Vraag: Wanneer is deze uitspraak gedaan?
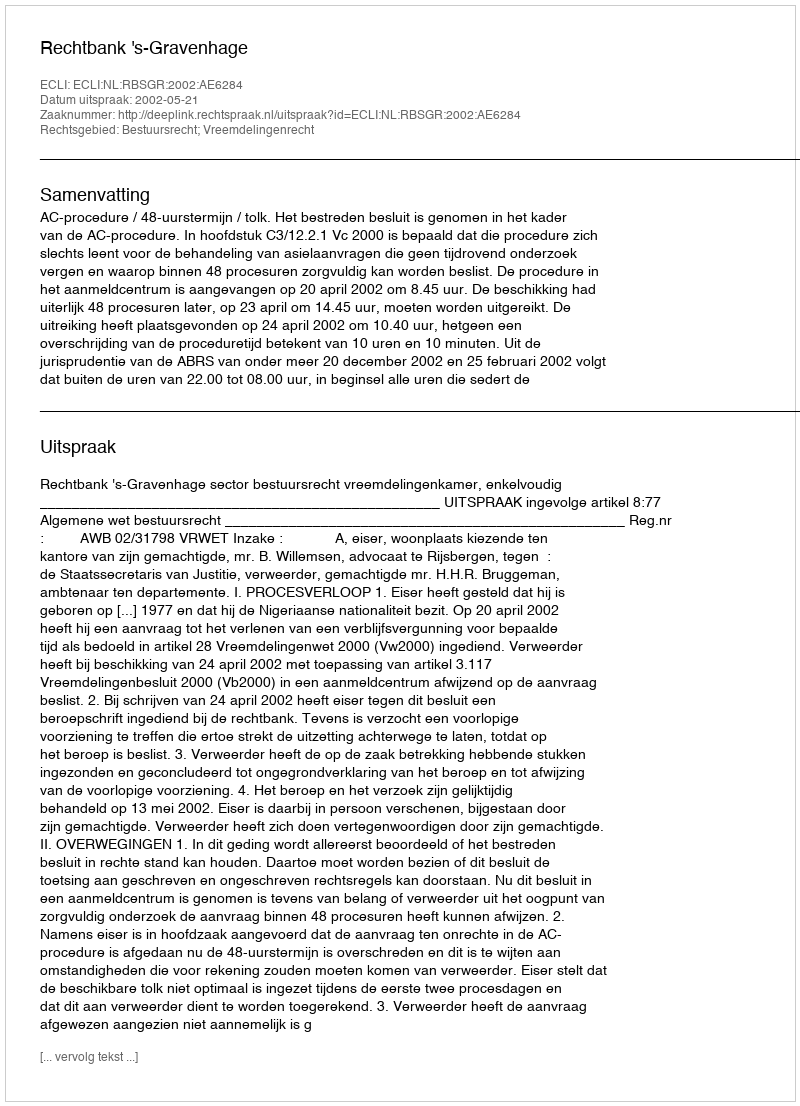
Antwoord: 2002-05-21